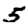
Digit: 5